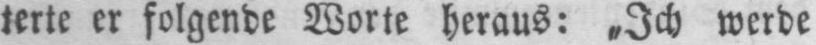
terte er folgende Worte heraus: „Ich werde